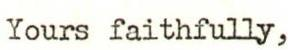
Yours faithfully,